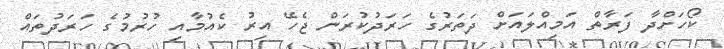
ކޯހަށްދާ ފަރާތް އަމިއްލައަށް ދަތަރުގެ ހަރަދުކުރަން ޖެހޭ އިރު ކެއުމާއި ހުރުމުގެ ހަރަދުތައް